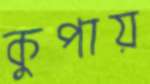
কুপায়